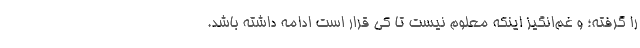
را گرفته؛ و غم‌انگیز اینکه معلوم نیست تا کی قرار است ادامه داشته باشد.